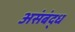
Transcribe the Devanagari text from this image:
असंबंद्ध